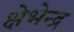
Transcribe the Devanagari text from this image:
क्षेभेन्द्र